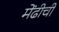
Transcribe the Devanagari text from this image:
मेंढीची